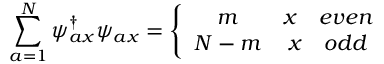
\sum _ { a = 1 } ^ { \cal N } \psi _ { a x } ^ { \dagger } \psi _ { a x } = \left\{ \begin{array} { c c } { { m } } & { { x \quad e v e n } } \\ { { { \cal N } - m } } & { { x \quad o d d } } \end{array} \right.